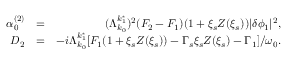
\begin{array} { r l r } { \alpha _ { 0 } ^ { ( 2 ) } } & { = } & { ( \Lambda _ { k _ { 0 } } ^ { k _ { 1 } ^ { * } } ) ^ { 2 } ( F _ { 2 } - F _ { 1 } ) ( 1 + \xi _ { s } Z ( \xi _ { s } ) ) \lvert \delta \phi _ { 1 } \rvert ^ { 2 } , } \\ { D _ { 2 } } & { = } & { - i \Lambda _ { k _ { 0 } } ^ { k _ { 1 } ^ { * } } [ F _ { 1 } ( 1 + \xi _ { s } Z ( \xi _ { s } ) ) - \Gamma _ { s } \xi _ { s } Z ( \xi _ { s } ) - \Gamma _ { 1 } ] / \omega _ { 0 } . } \end{array}